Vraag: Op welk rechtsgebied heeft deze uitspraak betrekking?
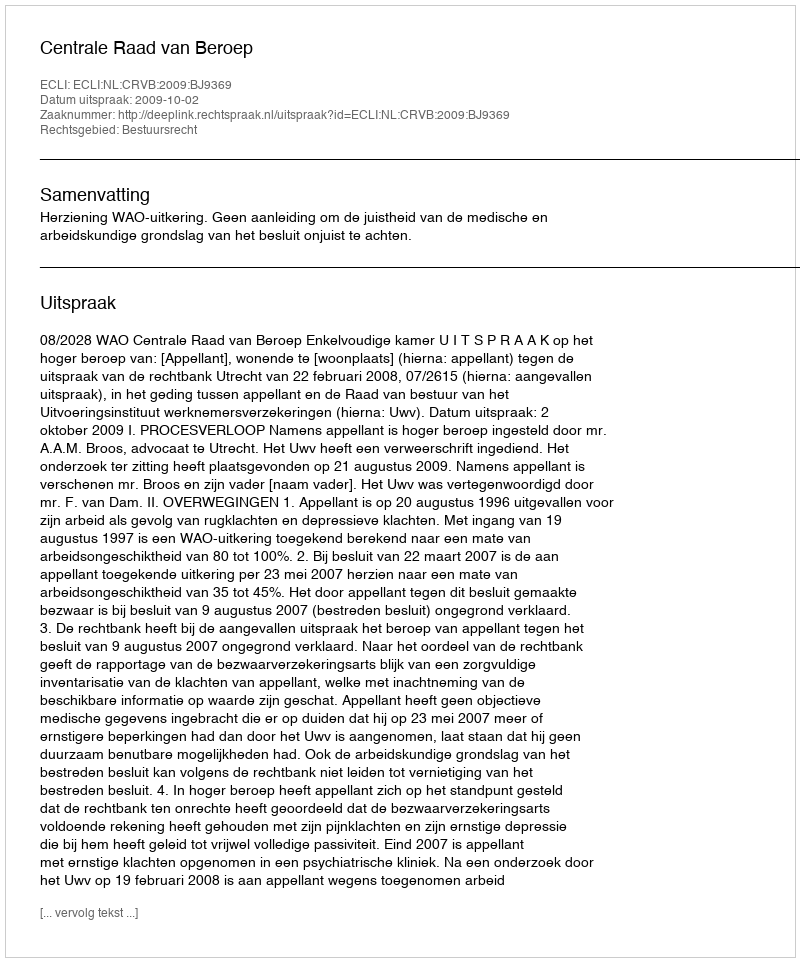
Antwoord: Bestuursrecht